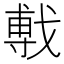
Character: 𫼁